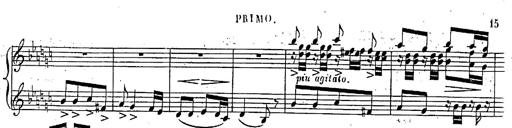
Title: Marche et Cavatine de Lucie de Lammermoor, S.398
Composer: Franz Liszt